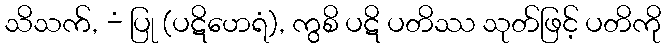
သိသက်, -ံ ပြု (ပဋိဟေရံ), ကွစိ ပဋိ ပတိဿ သုတ်ဖြင့် ပတိကို